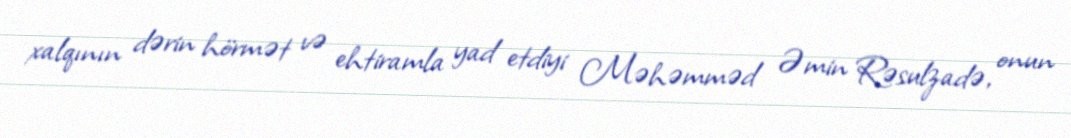
xalqının dərin hörmət və ehtiramla yad etdiyi Məhəmməd Əmin Rəsulzadə, onun